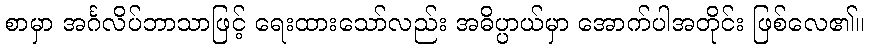
စာမှာ အင်္ဂလိပ်ဘာသာဖြင့် ရေးထားသော်လည်း အဓိပ္ပာယ်မှာ အောက်ပါအတိုင်း ဖြစ်လေ၏။